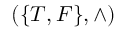
( \{ T , F \} , \wedge )